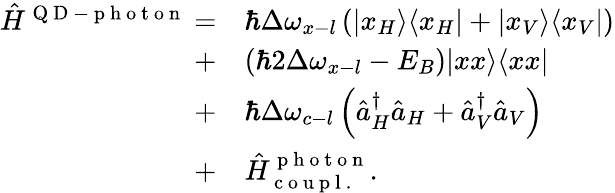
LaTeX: \begin{array}{rl}{\hat{H}^{\mathrm{~Q~D~-~p~h~o~t~o~n~}}=}&{{}\hbar\Delta\omega_{x-l}\left(\vert x_{H}\rangle\langle x_{H}\vert+\vert x_{V}\rangle\langle x_{V}\vert\right)}\\ {+}&{{}(\hbar 2\Delta\omega_{x-l}-E_{B})\vert xx\rangle\langle xx\vert}\\ {+}&{{}\hbar\Delta\omega_{c-l}\left(\hat{a}_{H}^{\dagger}\hat{a}_{H}+\hat{a}_{V}^{\dagger}\hat{a}_{V}\right)}\\ {+}&{{}\hat{H}_{\mathrm{~c~o~u~p~l~.~}}^{\mathrm{~p~h~o~t~o~n~}}.}\end{array}